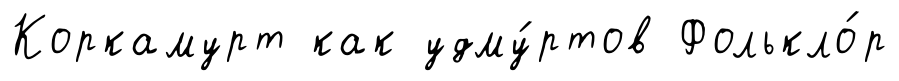
Коркамурт как удму́ртов Фолькло́р